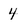
Character: 4